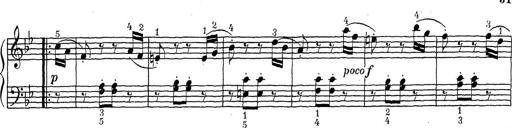
Title: ÄŒeskÃ© Sonatiny
Composer: Various